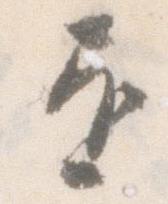
進